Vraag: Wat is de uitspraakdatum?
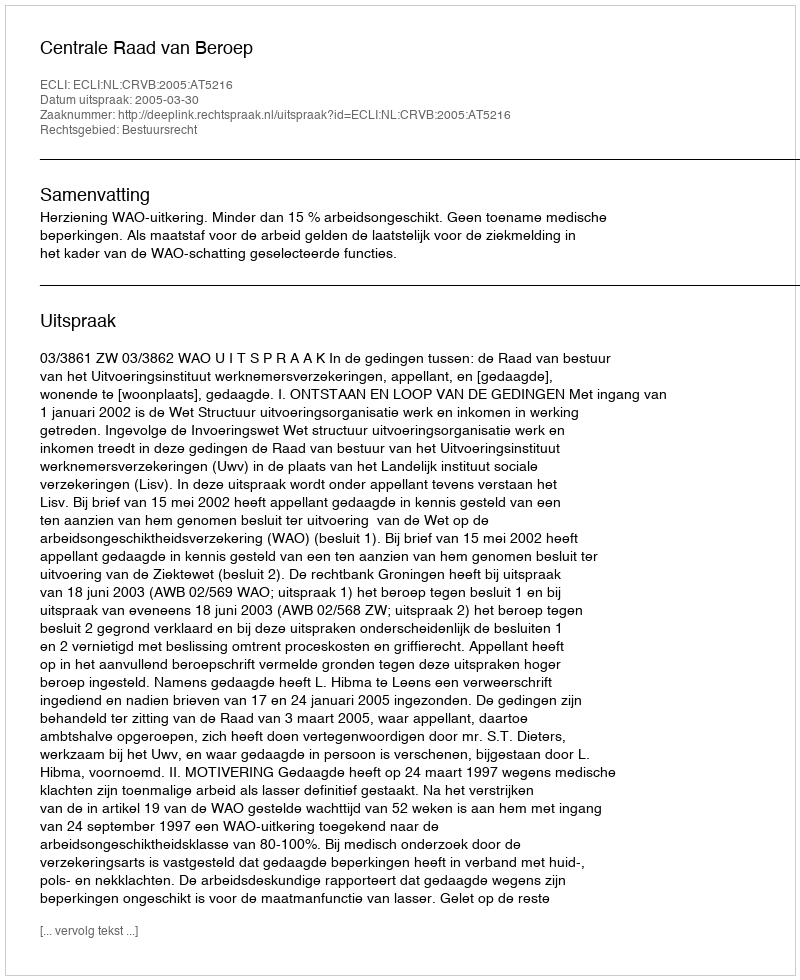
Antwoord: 2005-03-30